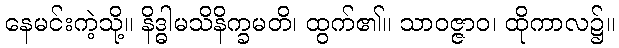
နေမင်းကဲ့သို့။ နိဒ္ဓါမသိနိက္ခမတိ၊ ထွက်၏။ သာဝဇ္ဇာဝ၊ ထိုကာလ၌။